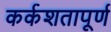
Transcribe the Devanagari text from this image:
कर्कशतापूर्ण